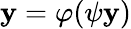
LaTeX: \mathbf{y}=\varphi(\psi\mathbf{y})